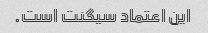
این اعتماد سیگنت است.